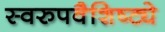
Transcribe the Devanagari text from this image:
स्वरुपवैशिष्ट्ये